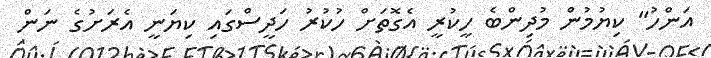
އަންހު" ކިޔުމުން މުދިންބެ ހީކުރީ އެގޮތަށް ހުކުރު ހަދީސްގައި ކިޔަނީ އެރަށުގެ ނަން